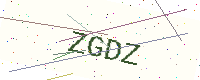
Text: ZGDZ